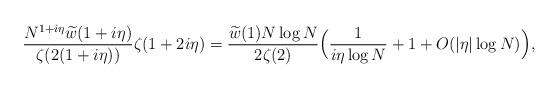
LaTeX: \begin{align*} \frac{N^{1+i\eta} \widetilde{w}(1+i\eta) }{\zeta(2(1+i\eta))} \zeta(1+2i\eta) =\frac{\widetilde{w}(1) N \log N }{2 \zeta(2)} \Big( \frac{1}{i \eta \log N} + 1 + O(|\eta| \log N) \Big),\end{align*}